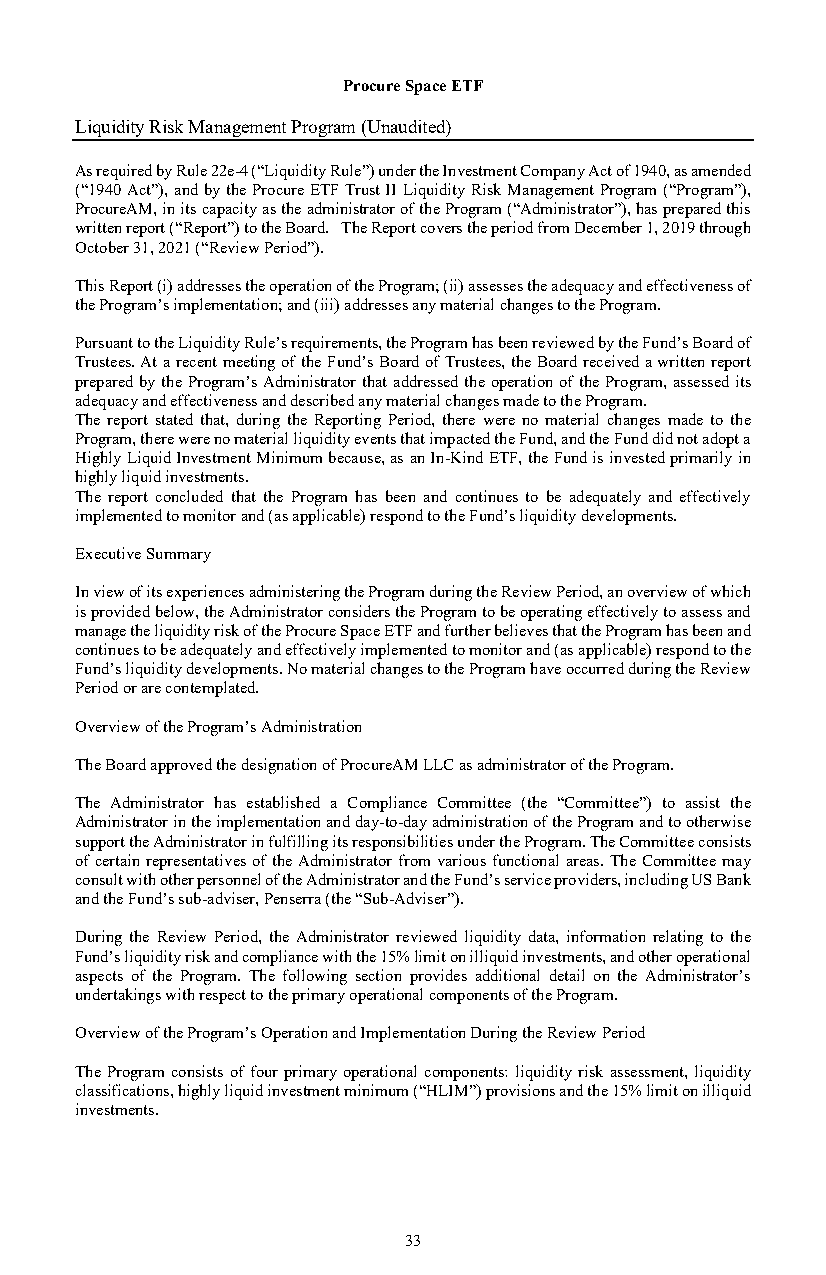
Procure Space ETF
 Liquidity Risk Management Program (Unaudited)
 As required by Rule 22e-4 (“Liquidity Rule”) under the Investment Company Act of 1940, as amended
 (“1940 Act”), and by the Procure ETF Trust II Liquidity Risk Management Program (“Program”),
 ProcureAM, in its capacity as the administrator of the Program (“Administrator”), has prepared this
 written report (“Report”) to the Board. The Report covers the period from December 1, 2019 through
 October 31, 2021 (“Review Period”).
 This Report (i) addresses the operation of the Program; (ii) assesses the adequacy and effectiveness of
 the Program’s implementation; and (iii) addresses any material changes to the Program.
 Pursuant to the Liquidity Rule’s requirements, the Program has been reviewed by the Fund’s Board of
 Trustees. At a recent meeting of the Fund’s Board of Trustees, the Board received a written report
 prepared by the Program’s Administrator that addressed the operation of the Program, assessed its
 adequacy and effectiveness and described any material changes made to the Program.
 The report stated that, during the Reporting Period, there were no material changes made to the
 Program, there were no material liquidity events that impacted the Fund, and the Fund did not adopt a
 Highly Liquid Investment Minimum because, as an In-Kind ETF, the Fund is invested primarily in
 highly liquid investments.
 The report concluded that the Program has been and continues to be adequately and effectively
 implemented to monitor and (as applicable) respond to the Fund’s liquidity developments.
 Executive Summary
 In view of its experiences administering the Program during the Review Period, an overview of which
 is provided below, the Administrator considers the Program to be operating effectively to assess and
 manage the liquidity risk of the Procure Space ETF and further believes that the Program has been and
 continues to be adequately and effectively implemented to monitor and (as applicable) respond to the
 Fund’s liquidity developments. No material changes to the Program have occurred during the Review
 Period or are contemplated.
 Overview of the Program’s Administration
 The Board approved the designation of ProcureAM LLC as administrator of the Program.
 The Administrator has established a Compliance Committee (the “Committee”) to assist the
 Administrator in the implementation and day-to-day administration of the Program and to otherwise
 support the Administrator in fulfilling its responsibilities under the Program. The Committee consists
 of certain representatives of the Administrator from various functional areas. The Committee may
 consult with other personnel of the Administrator and the Fund’s service providers, including US Bank
 and the Fund’s sub-adviser, Penserra (the “Sub-Adviser”).
 During the Review Period, the Administrator reviewed liquidity data, information relating to the
 Fund’s liquidity risk and compliance with the 15% limit on illiquid investments, and other operational
 aspects of the Program. The following section provides additional detail on the Administrator’s
 undertakings with respect to the primary operational components of the Program.
 Overview of the Program’s Operation and Implementation During the Review Period
 The Program consists of four primary operational components: liquidity risk assessment, liquidity
 classifications, highly liquid investment minimum (“HLIM”) provisions and the 15% limit on illiquid
 investments.
 33